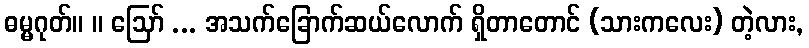
ဓမ္မဂုတ်။ ။ ဩော် ... အသက်ခြောက်ဆယ်လောက် ရှိတာတောင် (သားကလေး) တဲ့လား,